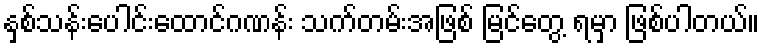
နှစ်သန်းပေါင်းထောင်ဂဏန်း သက်တမ်းအဖြစ် မြင်တွေ့ ရမှာ ဖြစ်ပါတယ်။